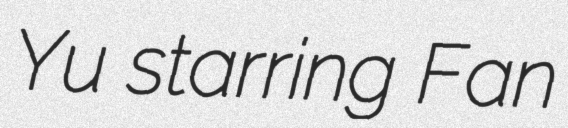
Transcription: Yu starring Fan